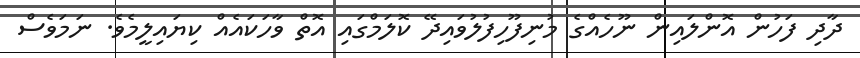
ދާދި ފަހުން އޮންލައިން ނޫހެއްގެ މުނިފޫހިފުލުވައިދޭ ކޮލަމްގައި އޮތް ވާހަކައެއް ކިޔައިލީމެވެ. ނަމަވެސް